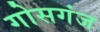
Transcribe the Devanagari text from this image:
गोसगंज